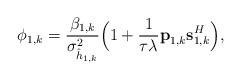
LaTeX: \begin{align*}\phi_{1,k} = \frac{\beta_{1,k}}{\sigma_{\hat{h}_{1,k}}^2} \Big(1 + \frac{1}{\tau \lambda} \textbf{p}_{1,k} \textbf{s}_{1,k}^H \Big),\end{align*}